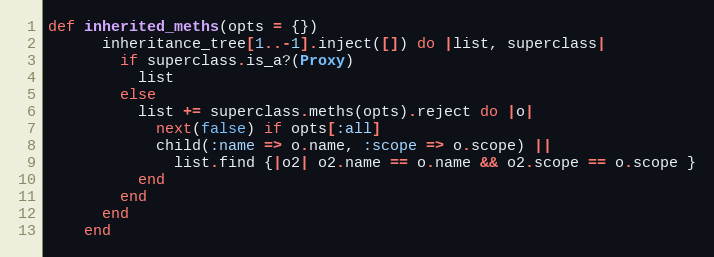
Language: Ruby
def inherited_meths(opts = {})
      inheritance_tree[1..-1].inject([]) do |list, superclass|
        if superclass.is_a?(Proxy)
          list
        else
          list += superclass.meths(opts).reject do |o|
            next(false) if opts[:all]
            child(:name => o.name, :scope => o.scope) ||
              list.find {|o2| o2.name == o.name && o2.scope == o.scope }
          end
        end
      end
    end